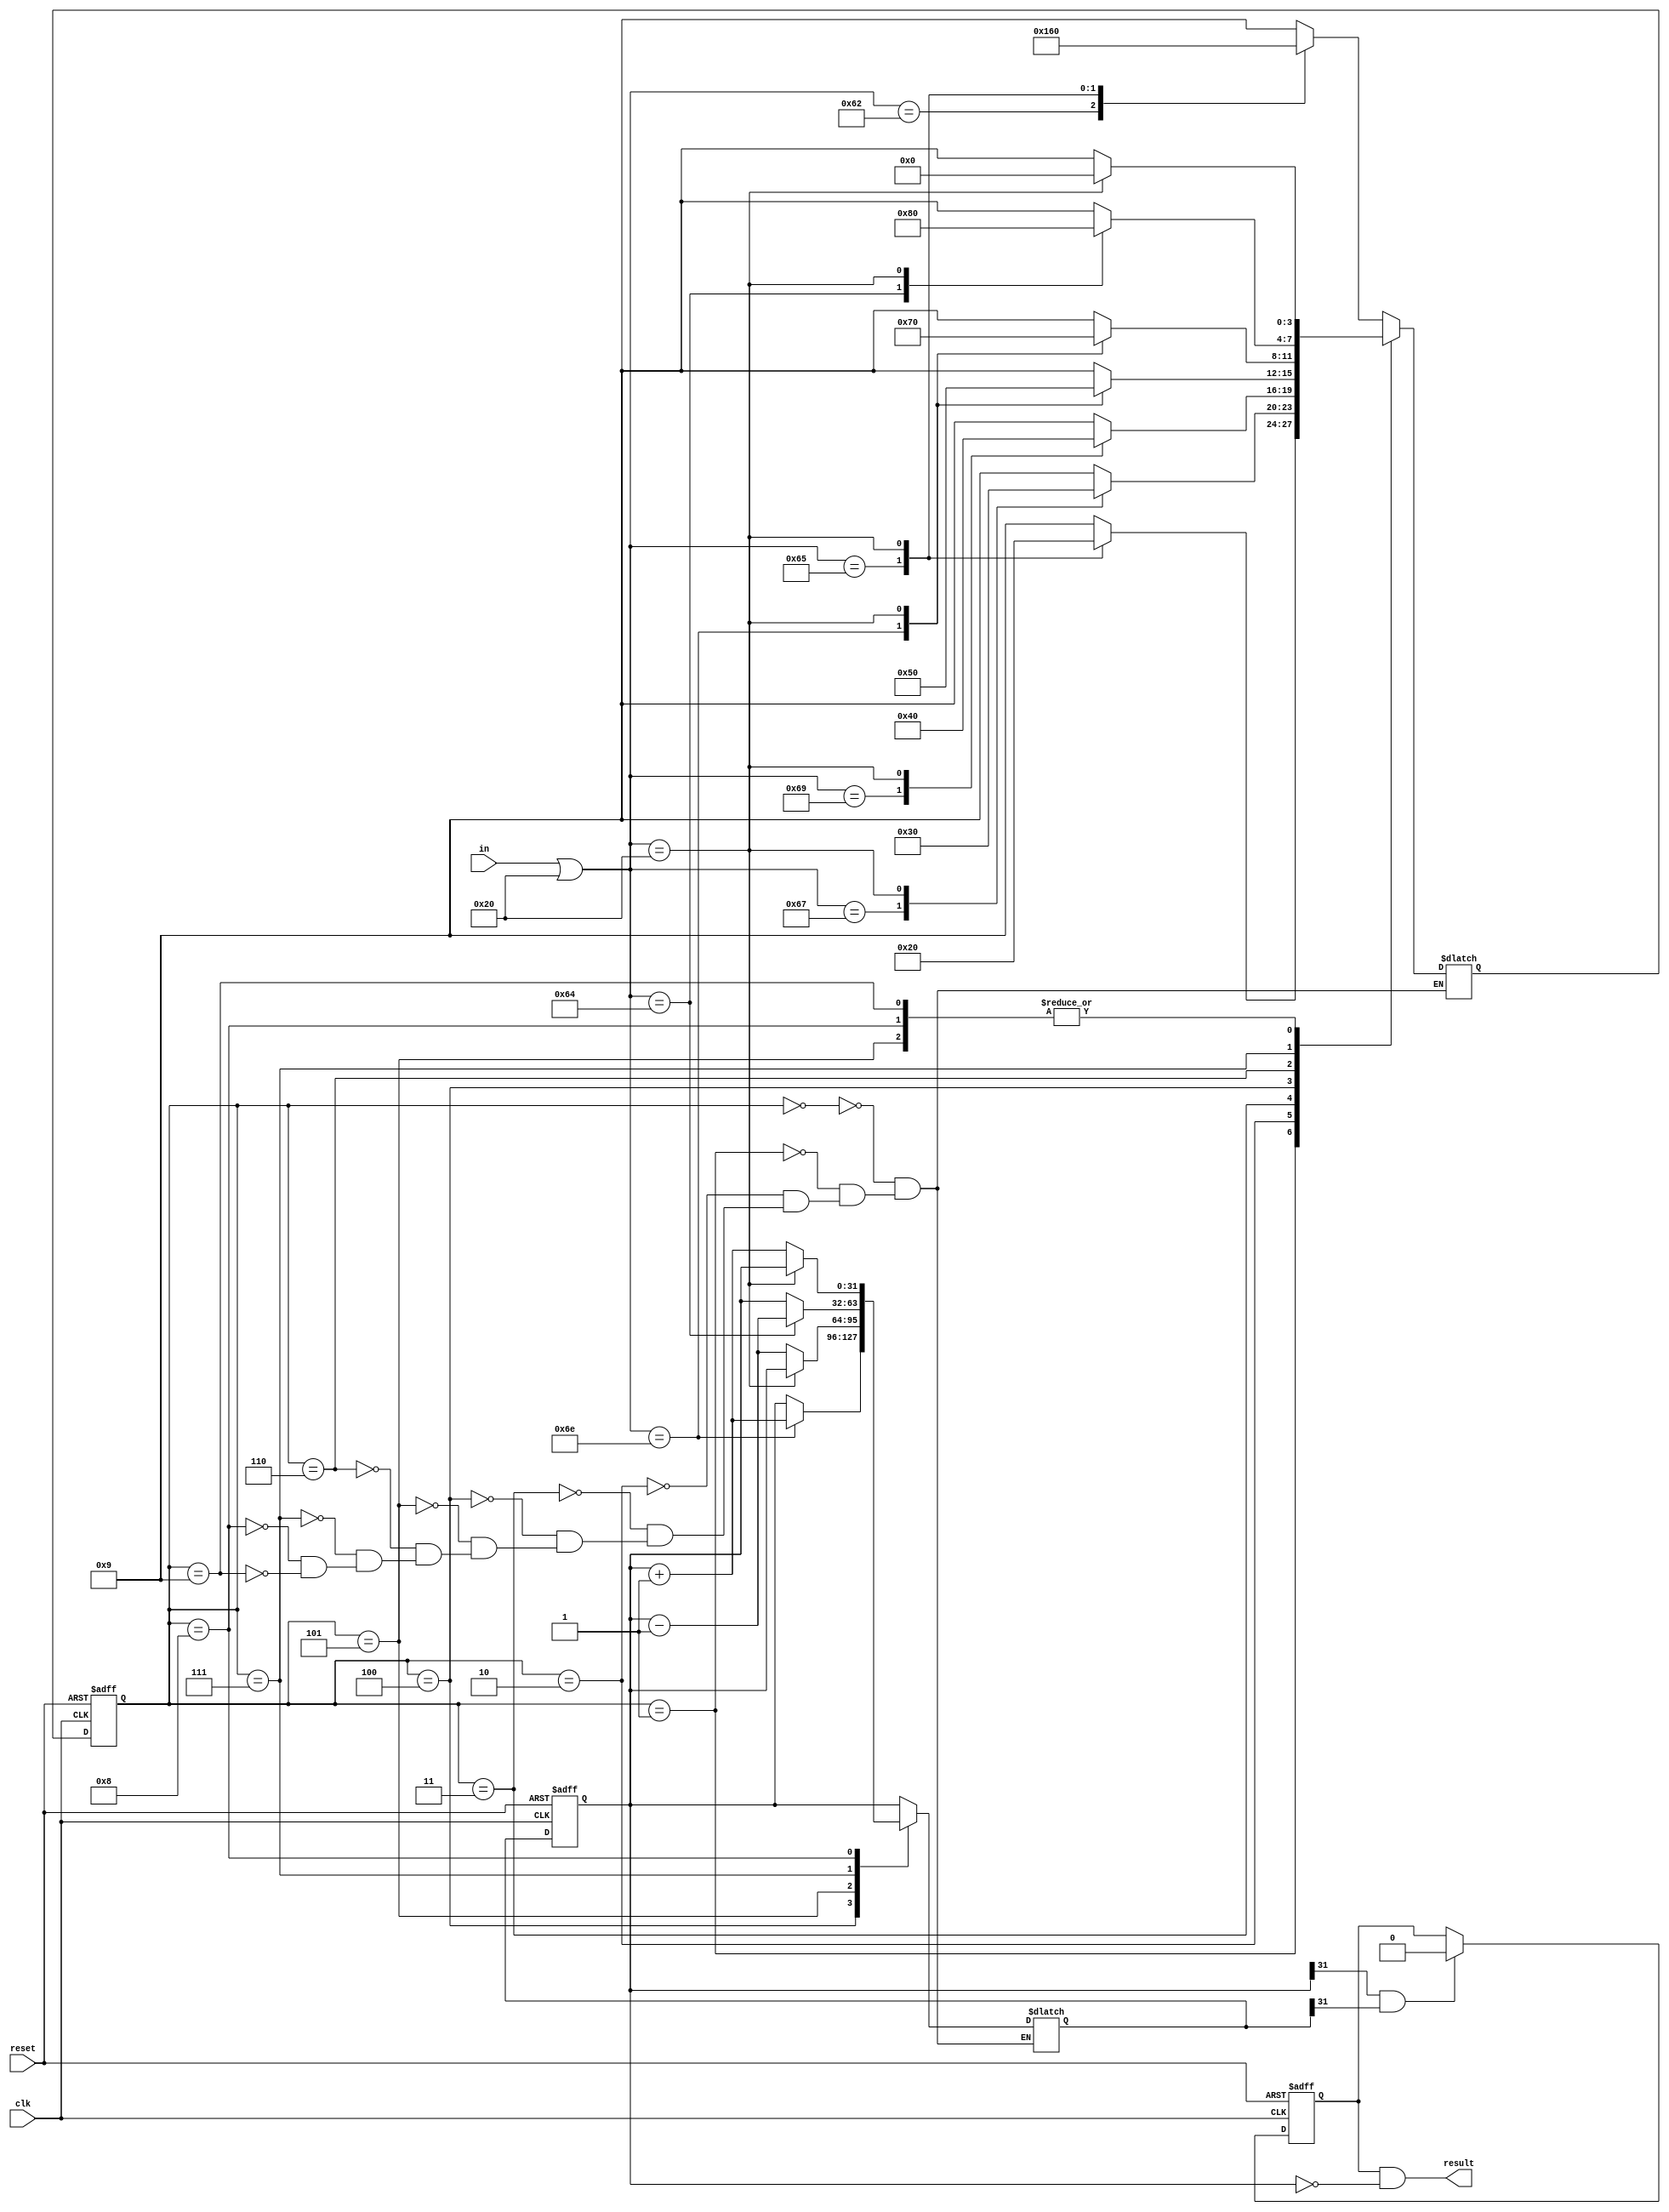
`define Sspace 4'b0000
`define Sb 4'b0001
`define Sbe 4'b0010
`define Sbeg 4'b0011
`define Sbegi 4'b0100
`define Sbegin 4'b0101
`define Se 4'b0110
`define Sen 4'b0111
`define Send 4'b1000
`define Sirr 4'b1001

module BlockChecker(
    input clk,
    input reset,
    input [7:0] in,
    output result);

    wire [7:0] loweredIn;
    reg [31:0] cnt;
    reg [3:0] state;
    reg alive;
    reg [3:0] next;
    reg [31:0] cntnext;


    parameter space = " " | 8'd32;

    assign loweredIn =  in | 8'd32 ;

    initial begin
        cnt = 0;
        alive = 1;
        state = `Sspace;
    end
    
    always @(*) begin
        case (state)
            `Sspace: begin
                case (loweredIn) 
                    "b": begin
                        next = `Sb;
                        cntnext = cnt;
                         
                    end
                    "e": begin
                        next = `Se;
                        cntnext = cnt;
                         
                    end
                    space: begin
                        next = `Sspace;
                        cntnext = cnt;
                         
                    end
                    default: begin
                        next = `Sirr;
                        cntnext = cnt;
                         
                    end
                endcase
            end
            `Sb: begin
                case (loweredIn) 
                    "e": begin
                        next = `Sbe;
                        cntnext = cnt;
                         
                    end
                    space: begin
                        next = `Sspace;
                        cntnext = cnt;
                         
                    end
                    default: begin
                        next = `Sirr;
                        cntnext = cnt;
                         
                    end
                endcase
            end
            `Sbe: begin
                case (loweredIn) 
                    "g": begin
                        next = `Sbeg;
                        cntnext = cnt;
                         
                    end
                    space: begin
                        next = `Sspace;
                        cntnext = cnt;
                         
                    end
                    default: begin
                        next = `Sirr;
                        cntnext = cnt;
                         
                    end
                endcase
            end
            `Sbeg: begin
                case (loweredIn) 
                    "i": begin
                        next = `Sbegi;
                        cntnext = cnt;
                         
                    end
                    space: begin
                        next = `Sspace;
                        cntnext = cnt;
                         
                    end
                    default: begin
                        next = `Sirr;
                        cntnext = cnt;
                         
                    end
                endcase
            end
            `Sbegi: begin
                case (loweredIn) 
                    "n": begin
                        next = `Sbegin;
                        cntnext = cnt + 1;
                         
                    end
                    space: begin
                        next = `Sspace;
                        cntnext = cnt;
                         
                    end
                    default: begin
                        next = `Sirr;
                        cntnext = cnt;
                         
                    end
                endcase
            end
            `Sbegin: begin
                case (loweredIn) 
                    space: begin
                        next = `Sspace;
                        cntnext = cnt;
                         
                    end
                    default: begin
                        next = `Sirr;
                        cntnext = cnt - 1;
                         
                    end
                endcase
            end
            `Se: begin
                case (loweredIn) 
                    "n": begin
                        next = `Sen;
                        cntnext = cnt;
                         
                    end
                    space: begin
                        next = `Sspace;
                        cntnext = cnt;
                         
                    end
                    default: begin
                        next = `Sirr;
                        cntnext = cnt;
                         
                    end
                endcase
            end
            `Sen: begin
                case (loweredIn) 
                    "d": begin
                        next = `Send;
                        cntnext = cnt - 1;
                         
                    end
                    space: begin
                        next = `Sspace;
                        cntnext = cnt;
                         
                    end
                    default: begin
                        next = `Sirr;
                        cntnext = cnt;
                    end
                endcase
            end
            `Send: begin
                case (loweredIn) 
                    space: begin
                        next = `Sspace;
                        cntnext = cnt;
                    end
                    default: begin
                        next = `Sirr;
                        cntnext = cnt + 1;
                    end
                endcase
            end
            `Sirr: begin
                case (loweredIn) 
                    space: begin
                        next = `Sspace;
                        cntnext = cnt;
                    end
                    default: begin
                        next = `Sirr;
                        cntnext = cnt;
                         
                    end
                endcase
            end
        endcase
    end

    always @(posedge clk or posedge reset) begin
        if (reset) begin
            cnt = 0;
            alive = 1;
            state = `Sspace;
        end
        else begin
            state <= next;
            cnt <= cntnext;
            if ( cnt[31] && cntnext[31]) begin
                alive <= 0;
            end
        end
    end

    assign result = alive && (cnt == 0);

endmodule